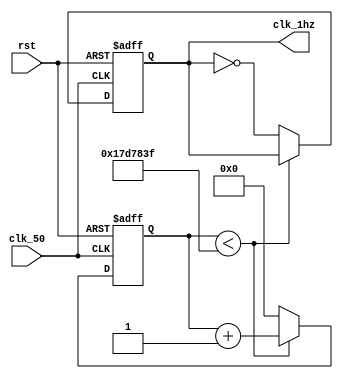
module clk_1( rst,clk_50,clk_1hz);

input rst;
input clk_50;
output reg clk_1hz;

reg [24:0] count=25'd0;
					
always @(posedge clk_50 or negedge rst)
begin
if(!rst)
begin
count<=25'd0;
clk_1hz<=1'b0;
end
else 
  if(count<25'd24999999)
 begin
  count<=count+1'b1;
  clk_1hz<=clk_1hz;
  end
  else 
  begin
   clk_1hz<=~clk_1hz;
	count<=25'd0;
	end
	end
	endmodule